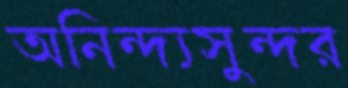
অনিন্দ্যসুন্দর